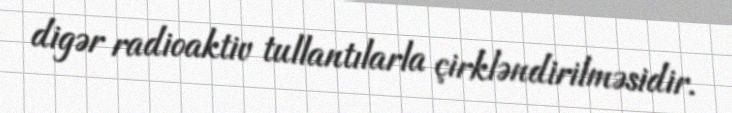
digər radioaktiv tullantılarla çirkləndirilməsidir.